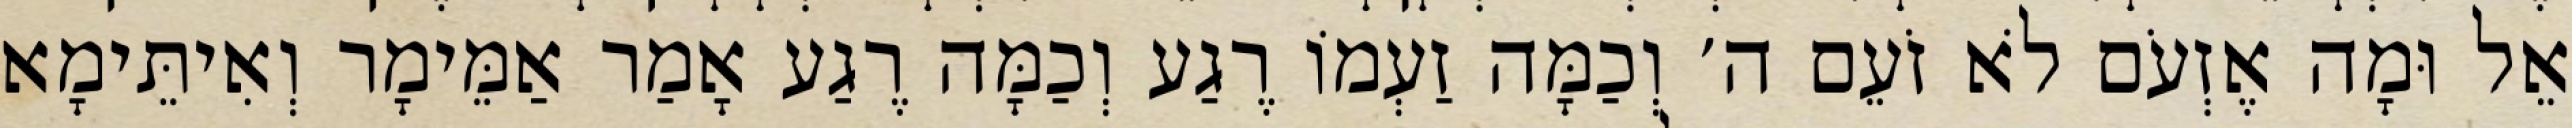
אֵל וּמָה אֶזְעֹם לֹא זֹעֵם ה׳ וְכַמָּה זַעְמוֹ רֶגַע וְכַמָּה רֶגַע אָמַר אַמֵּימָר וְאִיתֵּימָא